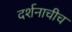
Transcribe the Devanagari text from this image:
दर्शनाचीच